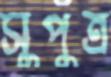
সুপুত্র